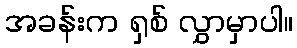
အခန်းက ရှစ် လွှာမှာပါ။